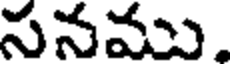
సనము.